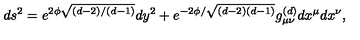
d s ^ { 2 } = e ^ { 2 \phi \sqrt { ( d - 2 ) / ( d - 1 ) } } d y ^ { 2 } + e ^ { - 2 \phi / \sqrt { ( d - 2 ) ( d - 1 ) } } g _ { \mu \nu } ^ { ( d ) } d x ^ { \mu } d x ^ { \nu } ,